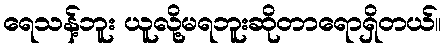
ရေသန့်ဘူး ယူလို့မရဘူးဆိုတာရောရှိတယ်။